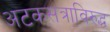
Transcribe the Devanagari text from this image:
अटकसत्राविरुद्ध